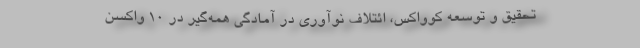
تحقیق و توسعه کوواکس، ائتلاف نوآوری‌ در آمادگی همه‌گیر در ۱۰ واکسن